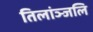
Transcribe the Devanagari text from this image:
तिलांञ्जलि